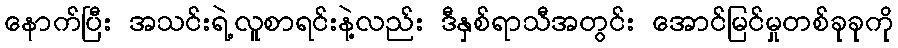
နောက်ပြီး အသင်းရဲ့လူစာရင်းနဲ့လည်း ဒီနှစ်ရာသီအတွင်း အောင်မြင်မှုတစ်ခုခုကို